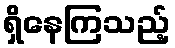
ရှိနေကြသည့်